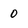
Character: 0